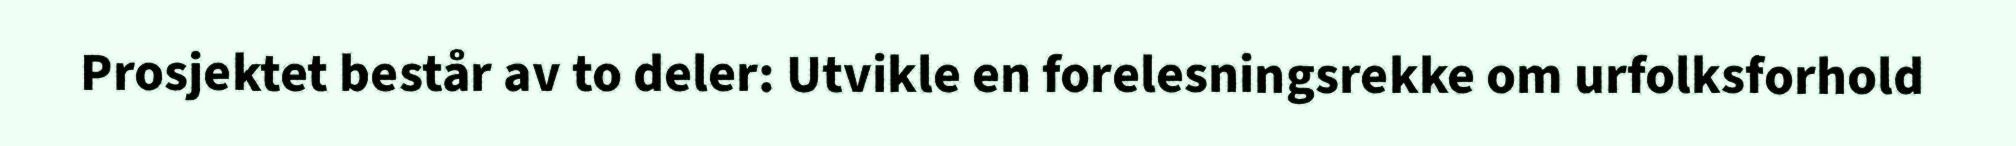
Prosjektet består av to deler: Utvikle en forelesningsrekke om urfolksforhold